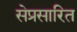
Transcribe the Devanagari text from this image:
सेप्रसारित